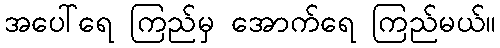
အပေါ်ရေ ကြည်မှ အောက်ရေ ကြည်မယ်။